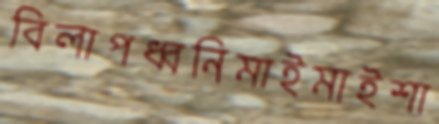
বিলাপধ্বনিমাইমাইশা